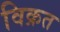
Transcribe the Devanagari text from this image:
विक्रत